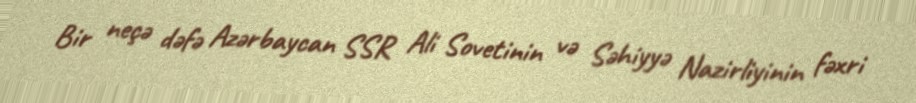
Bir neçə dəfə Azərbaycan SSR Ali Sovetinin və Səhiyyə Nazirliyinin fəxri